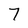
Character: 7